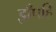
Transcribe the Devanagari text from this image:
झँपहि